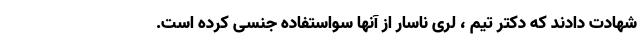
شهادت دادند که دکتر تیم ، لری ناسار از آنها سواستفاده جنسی کرده است.